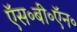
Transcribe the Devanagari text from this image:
ऍस॰बी॰ऍन॰